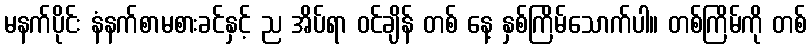
မနက်ပိုင်း နံနက်စာမစားခင်နှင့် ည အိပ်ရာ ဝင်ချိန် တစ် နေ့ နှစ်ကြိမ်သောက်ပါ။ တစ်ကြိမ်ကို တစ်